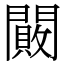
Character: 闝